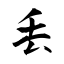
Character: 丢